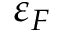
\varepsilon _ { F }